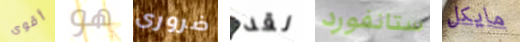
أقوى هو ضرورى لقد ستانفورد مايكل